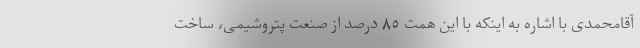
آقامحمدی با اشاره به اینکه با این همت ٨٥ درصد از صنعت پتروشیمی، ساخت